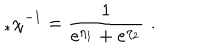
_ * \chi ^ { - 1 } = \frac { 1 } { e ^ { \eta _ { 1 } } + e ^ { \eta _ { 2 } } } \, \, .